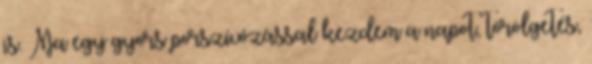
is. Ma egy gyors porszívózással kezdem a napot, törölgetés,